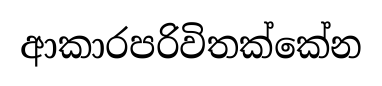
ආකාරපරිවිතක්කේන